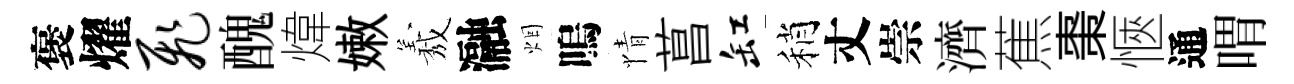
褒燿飞醜煒嫩𦏁瀜烟嗚情菖缸稍丈崇濟蕉棗愜通喟